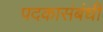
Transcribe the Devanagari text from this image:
पदकासंबंधी